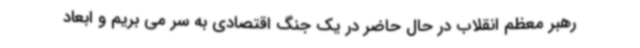
رهبر معظم انقلاب در حال حاضر در یک جنگ اقتصادی به سر می بریم و ابعاد